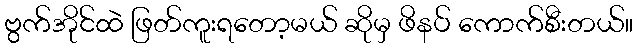
ဗွက်အိုင်ထဲ ဖြတ်ကူးရတော့မယ် ဆိုမှ ဖိနပ် ကောက်စီးတယ်။